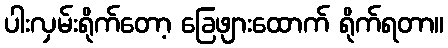
ပါးလှမ်းရိုက်တော့ ခြေဖျားထောက် ရိုက်ရတာ။